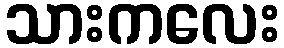
သားကလေး